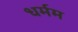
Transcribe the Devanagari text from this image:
धर्मम